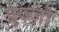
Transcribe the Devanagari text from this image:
प्रुज़्ज़ो